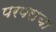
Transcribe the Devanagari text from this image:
परंपराचा